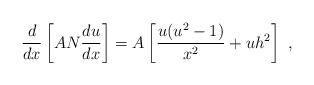
LaTeX: \begin{align*}\frac d{dx}\left[AN\frac{du}{dx}\right]=A\left[\frac{u(u^2-1)}{x^2}+uh^2\right] \ ,\end{align*}